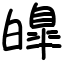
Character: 皥